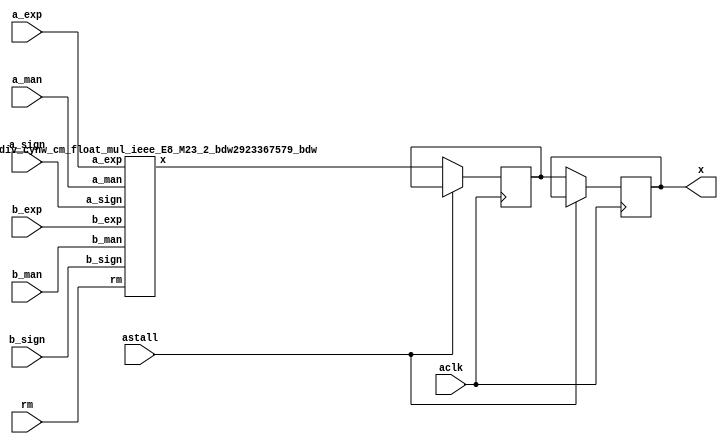
module float_div_cynw_cm_float_mul_ieee_E8_M23_4_0( a_sign, a_exp, a_man, b_sign, b_exp, b_man, rm, x, aclk, astall );
input a_sign;
input [7:0] a_exp;
input [22:0] a_man;
input b_sign;
input [7:0] b_exp;
input [22:0] b_man;
input [2:0] rm;
output [31:0] x;
wire[31:0] x_wire;
input aclk;
input astall;
float_div_cynw_cm_float_mul_ieee_E8_M23_2_bdw2923367579_bdw float_div_cynw_cm_float_mul_ieee_E8_M23_2_inst( .a_sign(a_sign), .a_exp(a_exp), .a_man(a_man), .b_sign(b_sign), .b_exp(b_exp), .b_man(b_man), .rm(rm), .x(x_wire));
reg [31:0] x_reg_0;
/* $A : movable_reg */
always @(posedge aclk) begin
    if ( !astall) x_reg_0 <= x_wire;
end
/* $A : movable_reg = reset */
reg [31:0] x_reg_1;
/* $A : movable_reg */
always @(posedge aclk) begin
    if ( !astall) x_reg_1 <= x_reg_0;
end
/* $A : movable_reg = reset */
assign x = x_reg_1;
endmodule
/*****************************************************************************
    Verilog Hierarchical RTL Description
    
    
    Created by: CellMath Designer 2019.1.01 
*******************************************************************************/

module float_div_cynw_cm_float_mul_ieee_E8_M23_2_bdw2923367579_bdw (
	a_sign,
	a_exp,
	a_man,
	b_sign,
	b_exp,
	b_man,
	rm,
	x
	); /* architecture "behavioural" */ 
input  a_sign;
input [7:0] a_exp;
input [22:0] a_man;
input  b_sign;
input [7:0] b_exp;
input [22:0] b_man;
input [2:0] rm;
output [31:0] x;
wire [31:0] inst_cellmath__3;
wire  inst_cellmath__4,
	inst_cellmath__5,
	inst_cellmath__6,
	inst_cellmath__7,
	inst_cellmath__8,
	inst_cellmath__10,
	inst_cellmath__12,
	inst_cellmath__13,
	inst_cellmath__14,
	inst_cellmath__15,
	inst_cellmath__17,
	inst_cellmath__19,
	inst_cellmath__20,
	inst_cellmath__21,
	inst_cellmath__22,
	inst_cellmath__23;
wire [47:0] inst_cellmath__24,
	inst_cellmath__25;
wire  inst_cellmath__26,
	inst_cellmath__27,
	inst_cellmath__28;
wire [9:0] inst_cellmath__30,
	inst_cellmath__31;
wire  inst_cellmath__32,
	inst_cellmath__34,
	inst_cellmath__38,
	inst_cellmath__41,
	inst_cellmath__42,
	inst_cellmath__44;
wire [24:0] inst_cellmath__45;
wire  inst_cellmath__46,
	inst_cellmath__47;
wire [9:0] inst_cellmath__48;
wire  inst_cellmath__49,
	inst_cellmath__51;
wire [7:0] inst_cellmath__52;
wire [22:0] inst_cellmath__53;
wire [23:0] inst_cellmath__24__4,
	inst_cellmath__24__5;
wire [47:0] inst_cellmath__25__7;
wire [0:0] inst_cellmath__26__8,
	inst_cellmath__26__9,
	inst_cellmath__32__11,
	inst_cellmath__44__29,
	inst_cellmath__44__28,
	inst_cellmath__44__30,
	inst_cellmath__44__31,
	inst_cellmath__44__27,
	inst_cellmath__44__26,
	inst_cellmath__44__33,
	inst_cellmath__44__32;
wire [8:0] inst_cellmath__37__40;
wire [0:0] inst_cellmath__37__42,
	inst_cellmath__37__43,
	inst_cellmath__51__49,
	inst_cellmath__51__48,
	inst_cellmath__50__50;
wire [2:0] inst_cellmath__26_0;
wire [1:0] inst_cellmath__5_0;
wire [2:0] inst_cellmath__49_0;
wire [4:0] inst_cellmath__49_1_0;
wire [2:0] inst_cellmath__49_1_1;

assign inst_cellmath__24__4 = {1'B1,a_man};
cynw_cm_float_mul_ieee_inst_cellmath__17_0_bdw2923367579_bdw inst_cellmath__17_0_0(
	.inst_cellmath__17_0_out0(inst_cellmath__17),
	.inst_cellmath__17_0_in0(b_exp)
	) ;
cynw_cm_float_mul_ieee_inst_cellmath__19__2__bdw2923367579_bdw inst_cellmath__19__2__0(
	.inst_cellmath__19__2__out0(inst_cellmath__19),
	.inst_cellmath__19__2__in0(b_man)
	) ;
cynw_cm_float_mul_ieee_inst_cellmath__21_0_bdw2923367579_bdw inst_cellmath__21_0_0(
	.inst_cellmath__21_0_out0(inst_cellmath__21),
	.inst_cellmath__21_0_in0(inst_cellmath__19),
	.inst_cellmath__21_0_in1(inst_cellmath__17)
	) ;
cynw_cm_float_mul_ieee_inst_cellmath__13__1__bdw2923367579_bdw inst_cellmath__13__1__0(
	.inst_cellmath__13__1__out0(inst_cellmath__13),
	.inst_cellmath__13__1__in0(a_exp)
	) ;
cynw_cm_float_mul_ieee_inst_cellmath__26__9__bdw2923367579_bdw inst_cellmath__26__9__0(
	.inst_cellmath__26__9__out0(inst_cellmath__26__9),
	.inst_cellmath__26__9__in0(inst_cellmath__21),
	.inst_cellmath__26__9__in1(inst_cellmath__13)
	) ;
cynw_cm_float_mul_ieee_inst_cellmath__10_0_bdw2923367579_bdw inst_cellmath__10_0_0(
	.inst_cellmath__10_0_out0(inst_cellmath__10),
	.inst_cellmath__10_0_in0(a_exp)
	) ;
cynw_cm_float_mul_ieee_inst_cellmath__12__0__bdw2923367579_bdw inst_cellmath__12__0__0(
	.inst_cellmath__12__0__out0(inst_cellmath__12),
	.inst_cellmath__12__0__in0(a_man)
	) ;
cynw_cm_float_mul_ieee_inst_cellmath__14_0_bdw2923367579_bdw inst_cellmath__14_0_0(
	.inst_cellmath__14_0_out0(inst_cellmath__14),
	.inst_cellmath__14_0_in0(inst_cellmath__12),
	.inst_cellmath__14_0_in1(inst_cellmath__10)
	) ;
cynw_cm_float_mul_ieee_inst_cellmath__20__3__bdw2923367579_bdw inst_cellmath__20__3__0(
	.inst_cellmath__20__3__out0(inst_cellmath__20),
	.inst_cellmath__20__3__in0(b_exp)
	) ;
cynw_cm_float_mul_ieee_inst_cellmath__26__8__bdw2923367579_bdw inst_cellmath__26__8__0(
	.inst_cellmath__26__8__out0(inst_cellmath__26__8),
	.inst_cellmath__26__8__in0(inst_cellmath__20),
	.inst_cellmath__26__8__in1(inst_cellmath__14)
	) ;
cynw_cm_float_mul_ieee_inst_cellmath__15_0_bdw2923367579_bdw inst_cellmath__15_0_0(
	.inst_cellmath__15_0_out0(inst_cellmath__15),
	.inst_cellmath__15_0_in0(inst_cellmath__12),
	.inst_cellmath__15_0_in1(inst_cellmath__10)
	) ;
cynw_cm_float_mul_ieee_inst_cellmath__22_0_bdw2923367579_bdw inst_cellmath__22_0_0(
	.inst_cellmath__22_0_out0(inst_cellmath__22),
	.inst_cellmath__22_0_in0(inst_cellmath__19),
	.inst_cellmath__22_0_in1(inst_cellmath__17)
	) ;
cynw_cm_float_mul_ieee_inst_cellmath__26_1_bdw2923367579_bdw inst_cellmath__26_1_0(
	.inst_cellmath__26_1_out0(inst_cellmath__26),
	.inst_cellmath__26_1_in0(inst_cellmath__26__9),
	.inst_cellmath__26_1_in1(inst_cellmath__26__8),
	.inst_cellmath__26_1_in2(inst_cellmath__22),
	.inst_cellmath__26_1_in3(inst_cellmath__15)
	) ;

assign inst_cellmath__26_0 = {inst_cellmath__26,inst_cellmath__15,inst_cellmath__22};
cynw_cm_float_mul_ieee_inst_cellmath__23_0_bdw2923367579_bdw inst_cellmath__23_0_0(
	.inst_cellmath__23_0_out0(inst_cellmath__23),
	.inst_cellmath__23_0_in0(b_sign),
	.inst_cellmath__23_0_in1(a_sign)
	) ;
cynw_cm_float_mul_ieee_inst_cellmath__41_0_bdw2923367579_bdw inst_cellmath__41_0_0(
	.inst_cellmath__41_0_out0(inst_cellmath__41),
	.inst_cellmath__41_0_in0(inst_cellmath__26),
	.inst_cellmath__41_0_in1(inst_cellmath__23),
	.inst_cellmath__41_0_in2(inst_cellmath__22),
	.inst_cellmath__41_0_in3(inst_cellmath__15),
	.inst_cellmath__41_0_in4(b_sign),
	.inst_cellmath__41_0_in5(a_sign)
	) ;

assign inst_cellmath__24__5 = {1'B1,b_man};
cynw_cm_float_mul_ieee_inst_cellmath__24_0_bdw2923367579_bdw inst_cellmath__24_0_0(
	.inst_cellmath__24_0_out0(inst_cellmath__24),
	.inst_cellmath__24_0_in0(b_man),
	.inst_cellmath__24_0_in1(a_man)
	) ;

assign inst_cellmath__25__7 = {inst_cellmath__24[46:0],1'B0};
cynw_cm_float_mul_ieee_inst_cellmath__25_0_bdw2923367579_bdw inst_cellmath__25_0_0(
	.inst_cellmath__25_0_out0(inst_cellmath__25),
	.inst_cellmath__25_0_in0(inst_cellmath__24)
	) ;
cynw_cm_float_mul_ieee_inst_cellmath__45_0_bdw2923367579_bdw inst_cellmath__45_0_0(
	.inst_cellmath__45_0_out0(inst_cellmath__45),
	.inst_cellmath__45_0_in0(inst_cellmath__25[47:24])
	) ;
cynw_cm_float_mul_ieee_inst_cellmath__5_1_bdw2923367579_bdw inst_cellmath__5_1_0(
	.inst_cellmath__5_1_out0(inst_cellmath__5),
	.inst_cellmath__5_1_in0(rm)
	) ;
cynw_cm_float_mul_ieee_inst_cellmath__44__31__bdw2923367579_bdw inst_cellmath__44__31__0(
	.inst_cellmath__44__31__out0(inst_cellmath__44__31),
	.inst_cellmath__44__31__in0(inst_cellmath__5),
	.inst_cellmath__44__31__in1(inst_cellmath__23)
	) ;
cynw_cm_float_mul_ieee_inst_cellmath__6_0_bdw2923367579_bdw inst_cellmath__6_0_0(
	.inst_cellmath__6_0_out0(inst_cellmath__6),
	.inst_cellmath__6_0_in0(rm)
	) ;
cynw_cm_float_mul_ieee_inst_cellmath__44__30__bdw2923367579_bdw inst_cellmath__44__30__0(
	.inst_cellmath__44__30__out0(inst_cellmath__44__30),
	.inst_cellmath__44__30__in0(inst_cellmath__6),
	.inst_cellmath__44__30__in1(inst_cellmath__23)
	) ;
cynw_cm_float_mul_ieee_inst_cellmath__8_0_bdw2923367579_bdw inst_cellmath__8_0_0(
	.inst_cellmath__8_0_out0(inst_cellmath__8),
	.inst_cellmath__8_0_in0(rm)
	) ;
cynw_cm_float_mul_ieee_inst_cellmath__4_0_bdw2923367579_bdw inst_cellmath__4_0_0(
	.inst_cellmath__4_0_out0(inst_cellmath__4),
	.inst_cellmath__4_0_in0(rm)
	) ;
cynw_cm_float_mul_ieee_inst_cellmath__34_0_bdw2923367579_bdw inst_cellmath__34_0_0(
	.inst_cellmath__34_0_out0(inst_cellmath__34),
	.inst_cellmath__34_0_in0(inst_cellmath__25[22:0])
	) ;
cynw_cm_float_mul_ieee_inst_cellmath__44__29__bdw2923367579_bdw inst_cellmath__44__29__0(
	.inst_cellmath__44__29__out0(inst_cellmath__44__29),
	.inst_cellmath__44__29__in0(inst_cellmath__34),
	.inst_cellmath__44__29__in1(inst_cellmath__25[24])
	) ;
cynw_cm_float_mul_ieee_inst_cellmath__44__28__bdw2923367579_bdw inst_cellmath__44__28__0(
	.inst_cellmath__44__28__out0(inst_cellmath__44__28),
	.inst_cellmath__44__28__in0(inst_cellmath__44__29),
	.inst_cellmath__44__28__in1(inst_cellmath__4)
	) ;
cynw_cm_float_mul_ieee_inst_cellmath__44__27__bdw2923367579_bdw inst_cellmath__44__27__0(
	.inst_cellmath__44__27__out0(inst_cellmath__44__27),
	.inst_cellmath__44__27__in0(inst_cellmath__8),
	.inst_cellmath__44__27__in1(inst_cellmath__44__31),
	.inst_cellmath__44__27__in2(inst_cellmath__44__30),
	.inst_cellmath__44__27__in3(inst_cellmath__44__28)
	) ;
cynw_cm_float_mul_ieee_inst_cellmath__44__26__bdw2923367579_bdw inst_cellmath__44__26__0(
	.inst_cellmath__44__26__out0(inst_cellmath__44__26),
	.inst_cellmath__44__26__in0(inst_cellmath__44__27),
	.inst_cellmath__44__26__in1(inst_cellmath__25[23])
	) ;
cynw_cm_float_mul_ieee_inst_cellmath__44__33__bdw2923367579_bdw inst_cellmath__44__33__0(
	.inst_cellmath__44__33__out0(inst_cellmath__44__33),
	.inst_cellmath__44__33__in0(inst_cellmath__44__31),
	.inst_cellmath__44__33__in1(inst_cellmath__44__30)
	) ;
cynw_cm_float_mul_ieee_inst_cellmath__44__32__bdw2923367579_bdw inst_cellmath__44__32__0(
	.inst_cellmath__44__32__out0(inst_cellmath__44__32),
	.inst_cellmath__44__32__in0(inst_cellmath__44__33),
	.inst_cellmath__44__32__in1(inst_cellmath__34)
	) ;
cynw_cm_float_mul_ieee_inst_cellmath__44_0_bdw2923367579_bdw inst_cellmath__44_0_0(
	.inst_cellmath__44_0_out0(inst_cellmath__44),
	.inst_cellmath__44_0_in0(inst_cellmath__44__32),
	.inst_cellmath__44_0_in1(inst_cellmath__44__26)
	) ;
cynw_cm_float_mul_ieee_inst_cellmath__46_0_bdw2923367579_bdw inst_cellmath__46_0_0(
	.inst_cellmath__46_0_out0(inst_cellmath__46),
	.inst_cellmath__46_0_in0(inst_cellmath__45[24]),
	.inst_cellmath__46_0_in1(inst_cellmath__44)
	) ;
cynw_cm_float_mul_ieee_inst_cellmath__38_0_bdw2923367579_bdw inst_cellmath__38_0_0(
	.inst_cellmath__38_0_out0(inst_cellmath__38),
	.inst_cellmath__38_0_in0(inst_cellmath__46),
	.inst_cellmath__38_0_in1(inst_cellmath__24[47])
	) ;
cynw_cm_float_mul_ieee_inst_cellmath__30_0_bdw2923367579_bdw inst_cellmath__30_0_0(
	.inst_cellmath__30_0_out0(inst_cellmath__30),
	.inst_cellmath__30_0_in0(b_exp),
	.inst_cellmath__30_0_in1(a_exp)
	) ;
cynw_cm_float_mul_ieee_inst_cellmath__31_0_bdw2923367579_bdw inst_cellmath__31_0_0(
	.inst_cellmath__31_0_out0(inst_cellmath__31),
	.inst_cellmath__31_0_in0(inst_cellmath__30)
	) ;
cynw_cm_float_mul_ieee_inst_cellmath__48_0_bdw2923367579_bdw inst_cellmath__48_0_0(
	.inst_cellmath__48_0_out0(inst_cellmath__48),
	.inst_cellmath__48_0_in0(inst_cellmath__38),
	.inst_cellmath__48_0_in1(inst_cellmath__31),
	.inst_cellmath__48_0_in2(inst_cellmath__30)
	) ;
cynw_cm_float_mul_ieee_inst_cellmath__51__49__bdw2923367579_bdw inst_cellmath__51__49__0(
	.inst_cellmath__51__49__out0(inst_cellmath__51__49),
	.inst_cellmath__51__49__in0(inst_cellmath__48[7:0])
	) ;
cynw_cm_float_mul_ieee_inst_cellmath__51__48__bdw2923367579_bdw inst_cellmath__51__48__0(
	.inst_cellmath__51__48__out0(inst_cellmath__51__48),
	.inst_cellmath__51__48__in0(inst_cellmath__51__49),
	.inst_cellmath__51__48__in1(inst_cellmath__48[8])
	) ;
cynw_cm_float_mul_ieee_inst_cellmath__51_0_bdw2923367579_bdw inst_cellmath__51_0_0(
	.inst_cellmath__51_0_out0(inst_cellmath__51),
	.inst_cellmath__51_0_in0(inst_cellmath__51__48),
	.inst_cellmath__51_0_in1(inst_cellmath__48[9])
	) ;
cynw_cm_float_mul_ieee_inst_cellmath__28_0_bdw2923367579_bdw inst_cellmath__28_0_0(
	.inst_cellmath__28_0_out0(inst_cellmath__28),
	.inst_cellmath__28_0_in0(inst_cellmath__20),
	.inst_cellmath__28_0_in1(inst_cellmath__13)
	) ;
cynw_cm_float_mul_ieee_inst_cellmath__27_0_bdw2923367579_bdw inst_cellmath__27_0_0(
	.inst_cellmath__27_0_out0(inst_cellmath__27),
	.inst_cellmath__27_0_in0(inst_cellmath__21),
	.inst_cellmath__27_0_in1(inst_cellmath__14)
	) ;
cynw_cm_float_mul_ieee_inst_cellmath__50__50__bdw2923367579_bdw inst_cellmath__50__50__0(
	.inst_cellmath__50__50__out0(inst_cellmath__50__50),
	.inst_cellmath__50__50__in0(inst_cellmath__48)
	) ;
cynw_cm_float_mul_ieee_inst_cellmath__49_1_bdw2923367579_bdw inst_cellmath__49_1_2(
	.inst_cellmath__49_1_out0(inst_cellmath__49),
	.inst_cellmath__49_1_in0(inst_cellmath__51),
	.inst_cellmath__49_1_in1(inst_cellmath__50__50),
	.inst_cellmath__49_1_in2(inst_cellmath__48[9]),
	.inst_cellmath__49_1_in3(inst_cellmath__28),
	.inst_cellmath__49_1_in4(inst_cellmath__27),
	.inst_cellmath__49_1_in5(inst_cellmath__26)
	) ;
cynw_cm_float_mul_ieee_inst_cellmath__37__43__bdw2923367579_bdw inst_cellmath__37__43__0(
	.inst_cellmath__37__43__out0(inst_cellmath__37__43),
	.inst_cellmath__37__43__in0(inst_cellmath__27),
	.inst_cellmath__37__43__in1(inst_cellmath__26)
	) ;
cynw_cm_float_mul_ieee_inst_cellmath__32__11__bdw2923367579_bdw inst_cellmath__32__11__0(
	.inst_cellmath__32__11__out0(inst_cellmath__32__11),
	.inst_cellmath__32__11__in0(inst_cellmath__30[8:7])
	) ;
cynw_cm_float_mul_ieee_inst_cellmath__32__10__bdw2923367579_bdw inst_cellmath__32__10__0(
	.inst_cellmath__32__10__out0(inst_cellmath__32),
	.inst_cellmath__32__10__in0(inst_cellmath__32__11),
	.inst_cellmath__32__10__in1(inst_cellmath__30[9])
	) ;
cynw_cm_float_mul_ieee_inst_cellmath__37__42__bdw2923367579_bdw inst_cellmath__37__42__0(
	.inst_cellmath__37__42__out0(inst_cellmath__37__42),
	.inst_cellmath__37__42__in0(inst_cellmath__32),
	.inst_cellmath__37__42__in1(inst_cellmath__28)
	) ;

assign inst_cellmath__49_0 = {inst_cellmath__49,inst_cellmath__37__43,inst_cellmath__37__42};

assign inst_cellmath__5_0 = {inst_cellmath__5,inst_cellmath__6};
cynw_cm_float_mul_ieee_inst_cellmath__7_0_bdw2923367579_bdw inst_cellmath__7_0_0(
	.inst_cellmath__7_0_out0(inst_cellmath__7),
	.inst_cellmath__7_0_in0(rm)
	) ;
cynw_cm_float_mul_ieee_inst_cellmath__42_0_bdw2923367579_bdw inst_cellmath__42_0_0(
	.inst_cellmath__42_0_out0(inst_cellmath__42),
	.inst_cellmath__42_0_in0(inst_cellmath__7),
	.inst_cellmath__42_0_in1(inst_cellmath__6),
	.inst_cellmath__42_0_in2(inst_cellmath__5),
	.inst_cellmath__42_0_in3(inst_cellmath__23)
	) ;

assign inst_cellmath__37__40[7:0] = {7'B1111111,inst_cellmath__42};
cynw_cm_float_mul_ieee_inst_cellmath__52_0_bdw2923367579_bdw inst_cellmath__52_0_0(
	.inst_cellmath__52_0_out0(inst_cellmath__52),
	.inst_cellmath__52_0_in0(inst_cellmath__49),
	.inst_cellmath__52_0_in1(inst_cellmath__48[7:0]),
	.inst_cellmath__52_0_in2(inst_cellmath__42),
	.inst_cellmath__52_0_in3(inst_cellmath__37__43),
	.inst_cellmath__52_0_in4(inst_cellmath__37__42)
	) ;

assign inst_cellmath__49_1_1 = {inst_cellmath__49,inst_cellmath__44,inst_cellmath__26};
cynw_cm_float_mul_ieee_inst_cellmath__47_0_bdw2923367579_bdw inst_cellmath__47_0_0(
	.inst_cellmath__47_0_out0(inst_cellmath__47),
	.inst_cellmath__47_0_in0(inst_cellmath__42),
	.inst_cellmath__47_0_in1(inst_cellmath__32),
	.inst_cellmath__47_0_in2(inst_cellmath__28),
	.inst_cellmath__47_0_in3(inst_cellmath__27),
	.inst_cellmath__47_0_in4(inst_cellmath__26)
	) ;
cynw_cm_float_mul_ieee_inst_cellmath__53_U_bdw2923367579_bdw inst_cellmath__53_U_0(
	.inst_cellmath__53_U_out0(inst_cellmath__53[22]),
	.inst_cellmath__53_U_in0(inst_cellmath__49),
	.inst_cellmath__53_U_in1(inst_cellmath__47),
	.inst_cellmath__53_U_in2(inst_cellmath__45[22]),
	.inst_cellmath__53_U_in3(inst_cellmath__44),
	.inst_cellmath__53_U_in4(inst_cellmath__26),
	.inst_cellmath__53_U_in5(inst_cellmath__25[46])
	) ;

assign inst_cellmath__49_1_0 = {inst_cellmath__49,inst_cellmath__44,inst_cellmath__26,inst_cellmath__15,inst_cellmath__22};
cynw_cm_float_mul_ieee_inst_cellmath__53_M_bdw2923367579_bdw inst_cellmath__53_M_0(
	.inst_cellmath__53_M_out0(inst_cellmath__53[21:0]),
	.inst_cellmath__53_M_in0(inst_cellmath__49),
	.inst_cellmath__53_M_in1(inst_cellmath__47),
	.inst_cellmath__53_M_in2(inst_cellmath__45[21:0]),
	.inst_cellmath__53_M_in3(inst_cellmath__44),
	.inst_cellmath__53_M_in4(inst_cellmath__26),
	.inst_cellmath__53_M_in5(inst_cellmath__25[45:24]),
	.inst_cellmath__53_M_in6(inst_cellmath__22),
	.inst_cellmath__53_M_in7(inst_cellmath__15),
	.inst_cellmath__53_M_in8(b_man[21:0]),
	.inst_cellmath__53_M_in9(a_man[21:0])
	) ;

assign inst_cellmath__3 = {inst_cellmath__41,inst_cellmath__52,inst_cellmath__53};

assign x = inst_cellmath__3;
endmodule

module cynw_cm_float_mul_ieee_inst_cellmath__17_0_bdw2923367579_bdw (
	inst_cellmath__17_0_out0,
	inst_cellmath__17_0_in0
	); /* architecture "behavioural" */ 
output  inst_cellmath__17_0_out0;
input [7:0] inst_cellmath__17_0_in0;

assign inst_cellmath__17_0_out0 = 
	(inst_cellmath__17_0_in0[0])
	&(inst_cellmath__17_0_in0[1])
	&(inst_cellmath__17_0_in0[2])
	&(inst_cellmath__17_0_in0[3])
	&(inst_cellmath__17_0_in0[4])
	&(inst_cellmath__17_0_in0[5])
	&(inst_cellmath__17_0_in0[6])
	&(inst_cellmath__17_0_in0[7]);
endmodule

module cynw_cm_float_mul_ieee_inst_cellmath__19__2__bdw2923367579_bdw (
	inst_cellmath__19__2__out0,
	inst_cellmath__19__2__in0
	); /* architecture "behavioural" */ 
output  inst_cellmath__19__2__out0;
input [22:0] inst_cellmath__19__2__in0;

assign inst_cellmath__19__2__out0 = ~(
	(inst_cellmath__19__2__in0[0])
	|(inst_cellmath__19__2__in0[1])
	|(inst_cellmath__19__2__in0[2])
	|(inst_cellmath__19__2__in0[3])
	|(inst_cellmath__19__2__in0[4])
	|(inst_cellmath__19__2__in0[5])
	|(inst_cellmath__19__2__in0[6])
	|(inst_cellmath__19__2__in0[7])
	|(inst_cellmath__19__2__in0[8])
	|(inst_cellmath__19__2__in0[9])
	|(inst_cellmath__19__2__in0[10])
	|(inst_cellmath__19__2__in0[11])
	|(inst_cellmath__19__2__in0[12])
	|(inst_cellmath__19__2__in0[13])
	|(inst_cellmath__19__2__in0[14])
	|(inst_cellmath__19__2__in0[15])
	|(inst_cellmath__19__2__in0[16])
	|(inst_cellmath__19__2__in0[17])
	|(inst_cellmath__19__2__in0[18])
	|(inst_cellmath__19__2__in0[19])
	|(inst_cellmath__19__2__in0[20])
	|(inst_cellmath__19__2__in0[21])
	|(inst_cellmath__19__2__in0[22]));
endmodule

module cynw_cm_float_mul_ieee_inst_cellmath__21_0_bdw2923367579_bdw (
	inst_cellmath__21_0_out0,
	inst_cellmath__21_0_in0,
	inst_cellmath__21_0_in1
	); /* architecture "behavioural" */ 
output  inst_cellmath__21_0_out0;
input  inst_cellmath__21_0_in0,
	inst_cellmath__21_0_in1;

assign inst_cellmath__21_0_out0 = 
	(inst_cellmath__21_0_in1)
	&(inst_cellmath__21_0_in0);
endmodule

module cynw_cm_float_mul_ieee_inst_cellmath__13__1__bdw2923367579_bdw (
	inst_cellmath__13__1__out0,
	inst_cellmath__13__1__in0
	); /* architecture "behavioural" */ 
output  inst_cellmath__13__1__out0;
input [7:0] inst_cellmath__13__1__in0;

assign inst_cellmath__13__1__out0 = ~(
	(inst_cellmath__13__1__in0[0])
	|(inst_cellmath__13__1__in0[1])
	|(inst_cellmath__13__1__in0[2])
	|(inst_cellmath__13__1__in0[3])
	|(inst_cellmath__13__1__in0[4])
	|(inst_cellmath__13__1__in0[5])
	|(inst_cellmath__13__1__in0[6])
	|(inst_cellmath__13__1__in0[7]));
endmodule

module cynw_cm_float_mul_ieee_inst_cellmath__26__9__bdw2923367579_bdw (
	inst_cellmath__26__9__out0,
	inst_cellmath__26__9__in0,
	inst_cellmath__26__9__in1
	); /* architecture "behavioural" */ 
output [0:0] inst_cellmath__26__9__out0;
input  inst_cellmath__26__9__in0,
	inst_cellmath__26__9__in1;

assign inst_cellmath__26__9__out0 = 
	(inst_cellmath__26__9__in0)
	&(inst_cellmath__26__9__in1);
endmodule

module cynw_cm_float_mul_ieee_inst_cellmath__10_0_bdw2923367579_bdw (
	inst_cellmath__10_0_out0,
	inst_cellmath__10_0_in0
	); /* architecture "behavioural" */ 
output  inst_cellmath__10_0_out0;
input [7:0] inst_cellmath__10_0_in0;

assign inst_cellmath__10_0_out0 = 
	(inst_cellmath__10_0_in0[0])
	&(inst_cellmath__10_0_in0[1])
	&(inst_cellmath__10_0_in0[2])
	&(inst_cellmath__10_0_in0[3])
	&(inst_cellmath__10_0_in0[4])
	&(inst_cellmath__10_0_in0[5])
	&(inst_cellmath__10_0_in0[6])
	&(inst_cellmath__10_0_in0[7]);
endmodule

module cynw_cm_float_mul_ieee_inst_cellmath__12__0__bdw2923367579_bdw (
	inst_cellmath__12__0__out0,
	inst_cellmath__12__0__in0
	); /* architecture "behavioural" */ 
output  inst_cellmath__12__0__out0;
input [22:0] inst_cellmath__12__0__in0;

assign inst_cellmath__12__0__out0 = ~(
	(inst_cellmath__12__0__in0[0])
	|(inst_cellmath__12__0__in0[1])
	|(inst_cellmath__12__0__in0[2])
	|(inst_cellmath__12__0__in0[3])
	|(inst_cellmath__12__0__in0[4])
	|(inst_cellmath__12__0__in0[5])
	|(inst_cellmath__12__0__in0[6])
	|(inst_cellmath__12__0__in0[7])
	|(inst_cellmath__12__0__in0[8])
	|(inst_cellmath__12__0__in0[9])
	|(inst_cellmath__12__0__in0[10])
	|(inst_cellmath__12__0__in0[11])
	|(inst_cellmath__12__0__in0[12])
	|(inst_cellmath__12__0__in0[13])
	|(inst_cellmath__12__0__in0[14])
	|(inst_cellmath__12__0__in0[15])
	|(inst_cellmath__12__0__in0[16])
	|(inst_cellmath__12__0__in0[17])
	|(inst_cellmath__12__0__in0[18])
	|(inst_cellmath__12__0__in0[19])
	|(inst_cellmath__12__0__in0[20])
	|(inst_cellmath__12__0__in0[21])
	|(inst_cellmath__12__0__in0[22]));
endmodule

module cynw_cm_float_mul_ieee_inst_cellmath__14_0_bdw2923367579_bdw (
	inst_cellmath__14_0_out0,
	inst_cellmath__14_0_in0,
	inst_cellmath__14_0_in1
	); /* architecture "behavioural" */ 
output  inst_cellmath__14_0_out0;
input  inst_cellmath__14_0_in0,
	inst_cellmath__14_0_in1;

assign inst_cellmath__14_0_out0 = 
	(inst_cellmath__14_0_in1)
	&(inst_cellmath__14_0_in0);
endmodule

module cynw_cm_float_mul_ieee_inst_cellmath__20__3__bdw2923367579_bdw (
	inst_cellmath__20__3__out0,
	inst_cellmath__20__3__in0
	); /* architecture "behavioural" */ 
output  inst_cellmath__20__3__out0;
input [7:0] inst_cellmath__20__3__in0;

assign inst_cellmath__20__3__out0 = ~(
	(inst_cellmath__20__3__in0[0])
	|(inst_cellmath__20__3__in0[1])
	|(inst_cellmath__20__3__in0[2])
	|(inst_cellmath__20__3__in0[3])
	|(inst_cellmath__20__3__in0[4])
	|(inst_cellmath__20__3__in0[5])
	|(inst_cellmath__20__3__in0[6])
	|(inst_cellmath__20__3__in0[7]));
endmodule

module cynw_cm_float_mul_ieee_inst_cellmath__26__8__bdw2923367579_bdw (
	inst_cellmath__26__8__out0,
	inst_cellmath__26__8__in0,
	inst_cellmath__26__8__in1
	); /* architecture "behavioural" */ 
output [0:0] inst_cellmath__26__8__out0;
input  inst_cellmath__26__8__in0,
	inst_cellmath__26__8__in1;

assign inst_cellmath__26__8__out0 = 
	(inst_cellmath__26__8__in1)
	&(inst_cellmath__26__8__in0);
endmodule

module cynw_cm_float_mul_ieee_inst_cellmath__15_0_bdw2923367579_bdw (
	inst_cellmath__15_0_out0,
	inst_cellmath__15_0_in0,
	inst_cellmath__15_0_in1
	); /* architecture "behavioural" */ 
output  inst_cellmath__15_0_out0;
input  inst_cellmath__15_0_in0,
	inst_cellmath__15_0_in1;

assign inst_cellmath__15_0_out0 = 
	(inst_cellmath__15_0_in1)
	&((~inst_cellmath__15_0_in0));
endmodule

module cynw_cm_float_mul_ieee_inst_cellmath__22_0_bdw2923367579_bdw (
	inst_cellmath__22_0_out0,
	inst_cellmath__22_0_in0,
	inst_cellmath__22_0_in1
	); /* architecture "behavioural" */ 
output  inst_cellmath__22_0_out0;
input  inst_cellmath__22_0_in0,
	inst_cellmath__22_0_in1;

assign inst_cellmath__22_0_out0 = 
	(inst_cellmath__22_0_in1)
	&((~inst_cellmath__22_0_in0));
endmodule

module cynw_cm_float_mul_ieee_inst_cellmath__26_1_bdw2923367579_bdw (
	inst_cellmath__26_1_out0,
	inst_cellmath__26_1_in0,
	inst_cellmath__26_1_in1,
	inst_cellmath__26_1_in2,
	inst_cellmath__26_1_in3
	); /* architecture "behavioural" */ 
output  inst_cellmath__26_1_out0;
input [0:0] inst_cellmath__26_1_in0,
	inst_cellmath__26_1_in1;
input  inst_cellmath__26_1_in2,
	inst_cellmath__26_1_in3;

assign inst_cellmath__26_1_out0 = 
	(inst_cellmath__26_1_in0)
	|(inst_cellmath__26_1_in1)
	|(inst_cellmath__26_1_in3)
	|(inst_cellmath__26_1_in2);
endmodule

module cynw_cm_float_mul_ieee_inst_cellmath__23_0_bdw2923367579_bdw (
	inst_cellmath__23_0_out0,
	inst_cellmath__23_0_in0,
	inst_cellmath__23_0_in1
	); /* architecture "behavioural" */ 
output  inst_cellmath__23_0_out0;
input  inst_cellmath__23_0_in0,
	inst_cellmath__23_0_in1;

assign inst_cellmath__23_0_out0 = 
	(inst_cellmath__23_0_in1)
	^(inst_cellmath__23_0_in0);
endmodule

module cynw_cm_float_mul_ieee_inst_cellmath__41_0_bdw2923367579_bdw (
	inst_cellmath__41_0_out0,
	inst_cellmath__41_0_in0,
	inst_cellmath__41_0_in1,
	inst_cellmath__41_0_in2,
	inst_cellmath__41_0_in3,
	inst_cellmath__41_0_in4,
	inst_cellmath__41_0_in5
	); /* architecture "behavioural" */ 
output  inst_cellmath__41_0_out0;
input  inst_cellmath__41_0_in0,
	inst_cellmath__41_0_in1,
	inst_cellmath__41_0_in2,
	inst_cellmath__41_0_in3,
	inst_cellmath__41_0_in4,
	inst_cellmath__41_0_in5;
wire [2:0] inst_cellmath__26_0;

assign inst_cellmath__26_0 = {inst_cellmath__41_0_in0,inst_cellmath__41_0_in3,inst_cellmath__41_0_in2};

reg [0:0] inst_cellmath__41_0_out0_tmp_0;
assign inst_cellmath__41_0_out0 = inst_cellmath__41_0_out0_tmp_0;
always @ (inst_cellmath__26_0 or inst_cellmath__41_0_in1 or inst_cellmath__41_0_in4 or inst_cellmath__41_0_in5) begin
	casez (inst_cellmath__26_0)
		3'B0?? : inst_cellmath__41_0_out0_tmp_0 = inst_cellmath__41_0_in1 ;
		3'B100 : inst_cellmath__41_0_out0_tmp_0 = 1'B1 ;
		3'B101 : inst_cellmath__41_0_out0_tmp_0 = inst_cellmath__41_0_in4 ;
		default : inst_cellmath__41_0_out0_tmp_0 = inst_cellmath__41_0_in5 ;
	endcase
end
endmodule

module cynw_cm_float_mul_ieee_inst_cellmath__24_0_bdw2923367579_bdw (
	inst_cellmath__24_0_out0,
	inst_cellmath__24_0_in0,
	inst_cellmath__24_0_in1
	); /* architecture "behavioural" */ 
output [47:0] inst_cellmath__24_0_out0;
input [22:0] inst_cellmath__24_0_in0,
	inst_cellmath__24_0_in1;
wire [23:0] inst_cellmath__24__4,
	inst_cellmath__24__5;

assign inst_cellmath__24__4 = {1'B1,inst_cellmath__24_0_in1};

assign inst_cellmath__24__5 = {1'B1,inst_cellmath__24_0_in0};

assign inst_cellmath__24_0_out0 = 
	+(inst_cellmath__24__4 * inst_cellmath__24__5);
endmodule

module cynw_cm_float_mul_ieee_inst_cellmath__25_0_bdw2923367579_bdw (
	inst_cellmath__25_0_out0,
	inst_cellmath__25_0_in0
	); /* architecture "behavioural" */ 
output [47:0] inst_cellmath__25_0_out0;
input [47:0] inst_cellmath__25_0_in0;
wire [47:0] inst_cellmath__25__7;

assign inst_cellmath__25__7 = {inst_cellmath__25_0_in0[46:0],1'B0};

reg [47:0] inst_cellmath__25_0_out0_tmp_0;
assign inst_cellmath__25_0_out0 = inst_cellmath__25_0_out0_tmp_0;
always @ (inst_cellmath__25_0_in0[47] or inst_cellmath__25__7 or inst_cellmath__25_0_in0) begin
	case (inst_cellmath__25_0_in0[47])
		1'B0 : inst_cellmath__25_0_out0_tmp_0 = inst_cellmath__25__7 ;
		default : inst_cellmath__25_0_out0_tmp_0 = inst_cellmath__25_0_in0 ;
	endcase
end
endmodule

module cynw_cm_float_mul_ieee_inst_cellmath__45_0_bdw2923367579_bdw (
	inst_cellmath__45_0_out0,
	inst_cellmath__45_0_in0
	); /* architecture "behavioural" */ 
output [24:0] inst_cellmath__45_0_out0;
input [47:24] inst_cellmath__45_0_in0;

assign inst_cellmath__45_0_out0 = 
	+(inst_cellmath__45_0_in0)
	+(25'B0000000000000000000000001);
endmodule

module cynw_cm_float_mul_ieee_inst_cellmath__5_1_bdw2923367579_bdw (
	inst_cellmath__5_1_out0,
	inst_cellmath__5_1_in0
	); /* architecture "behavioural" */ 
output  inst_cellmath__5_1_out0;
input [2:0] inst_cellmath__5_1_in0;

assign inst_cellmath__5_1_out0 = (6'B000000==(inst_cellmath__5_1_in0 - 6'B000001));
endmodule

module cynw_cm_float_mul_ieee_inst_cellmath__44__31__bdw2923367579_bdw (
	inst_cellmath__44__31__out0,
	inst_cellmath__44__31__in0,
	inst_cellmath__44__31__in1
	); /* architecture "behavioural" */ 
output [0:0] inst_cellmath__44__31__out0;
input  inst_cellmath__44__31__in0,
	inst_cellmath__44__31__in1;

assign inst_cellmath__44__31__out0 = 
	(inst_cellmath__44__31__in0)
	&((~inst_cellmath__44__31__in1));
endmodule

module cynw_cm_float_mul_ieee_inst_cellmath__6_0_bdw2923367579_bdw (
	inst_cellmath__6_0_out0,
	inst_cellmath__6_0_in0
	); /* architecture "behavioural" */ 
output  inst_cellmath__6_0_out0;
input [2:0] inst_cellmath__6_0_in0;

assign inst_cellmath__6_0_out0 = (7'B0000001==(inst_cellmath__6_0_in0 - 7'B0000001));
endmodule

module cynw_cm_float_mul_ieee_inst_cellmath__44__30__bdw2923367579_bdw (
	inst_cellmath__44__30__out0,
	inst_cellmath__44__30__in0,
	inst_cellmath__44__30__in1
	); /* architecture "behavioural" */ 
output [0:0] inst_cellmath__44__30__out0;
input  inst_cellmath__44__30__in0,
	inst_cellmath__44__30__in1;

assign inst_cellmath__44__30__out0 = 
	(inst_cellmath__44__30__in0)
	&(inst_cellmath__44__30__in1);
endmodule

module cynw_cm_float_mul_ieee_inst_cellmath__8_0_bdw2923367579_bdw (
	inst_cellmath__8_0_out0,
	inst_cellmath__8_0_in0
	); /* architecture "behavioural" */ 
output  inst_cellmath__8_0_out0;
input [2:0] inst_cellmath__8_0_in0;

assign inst_cellmath__8_0_out0 = (7'B0000011==(inst_cellmath__8_0_in0 - 7'B0000001));
endmodule

module cynw_cm_float_mul_ieee_inst_cellmath__4_0_bdw2923367579_bdw (
	inst_cellmath__4_0_out0,
	inst_cellmath__4_0_in0
	); /* architecture "behavioural" */ 
output  inst_cellmath__4_0_out0;
input [2:0] inst_cellmath__4_0_in0;

assign inst_cellmath__4_0_out0 = (7'B0000000==inst_cellmath__4_0_in0);
endmodule

module cynw_cm_float_mul_ieee_inst_cellmath__34_0_bdw2923367579_bdw (
	inst_cellmath__34_0_out0,
	inst_cellmath__34_0_in0
	); /* architecture "behavioural" */ 
output  inst_cellmath__34_0_out0;
input [22:0] inst_cellmath__34_0_in0;

assign inst_cellmath__34_0_out0 = 
	(inst_cellmath__34_0_in0[0])
	|(inst_cellmath__34_0_in0[1])
	|(inst_cellmath__34_0_in0[2])
	|(inst_cellmath__34_0_in0[3])
	|(inst_cellmath__34_0_in0[4])
	|(inst_cellmath__34_0_in0[5])
	|(inst_cellmath__34_0_in0[6])
	|(inst_cellmath__34_0_in0[7])
	|(inst_cellmath__34_0_in0[8])
	|(inst_cellmath__34_0_in0[9])
	|(inst_cellmath__34_0_in0[10])
	|(inst_cellmath__34_0_in0[11])
	|(inst_cellmath__34_0_in0[12])
	|(inst_cellmath__34_0_in0[13])
	|(inst_cellmath__34_0_in0[14])
	|(inst_cellmath__34_0_in0[15])
	|(inst_cellmath__34_0_in0[16])
	|(inst_cellmath__34_0_in0[17])
	|(inst_cellmath__34_0_in0[18])
	|(inst_cellmath__34_0_in0[19])
	|(inst_cellmath__34_0_in0[20])
	|(inst_cellmath__34_0_in0[21])
	|(inst_cellmath__34_0_in0[22]);
endmodule

module cynw_cm_float_mul_ieee_inst_cellmath__44__29__bdw2923367579_bdw (
	inst_cellmath__44__29__out0,
	inst_cellmath__44__29__in0,
	inst_cellmath__44__29__in1
	); /* architecture "behavioural" */ 
output [0:0] inst_cellmath__44__29__out0;
input  inst_cellmath__44__29__in0;
input [24:24] inst_cellmath__44__29__in1;

assign inst_cellmath__44__29__out0 = 
	(inst_cellmath__44__29__in0)
	|(inst_cellmath__44__29__in1);
endmodule

module cynw_cm_float_mul_ieee_inst_cellmath__44__28__bdw2923367579_bdw (
	inst_cellmath__44__28__out0,
	inst_cellmath__44__28__in0,
	inst_cellmath__44__28__in1
	); /* architecture "behavioural" */ 
output [0:0] inst_cellmath__44__28__out0;
input [0:0] inst_cellmath__44__28__in0;
input  inst_cellmath__44__28__in1;

assign inst_cellmath__44__28__out0 = 
	(inst_cellmath__44__28__in1)
	&(inst_cellmath__44__28__in0);
endmodule

module cynw_cm_float_mul_ieee_inst_cellmath__44__27__bdw2923367579_bdw (
	inst_cellmath__44__27__out0,
	inst_cellmath__44__27__in0,
	inst_cellmath__44__27__in1,
	inst_cellmath__44__27__in2,
	inst_cellmath__44__27__in3
	); /* architecture "behavioural" */ 
output [0:0] inst_cellmath__44__27__out0;
input  inst_cellmath__44__27__in0;
input [0:0] inst_cellmath__44__27__in1,
	inst_cellmath__44__27__in2,
	inst_cellmath__44__27__in3;

assign inst_cellmath__44__27__out0 = 
	(inst_cellmath__44__27__in1)
	|(inst_cellmath__44__27__in2)
	|(inst_cellmath__44__27__in0)
	|(inst_cellmath__44__27__in3);
endmodule

module cynw_cm_float_mul_ieee_inst_cellmath__44__26__bdw2923367579_bdw (
	inst_cellmath__44__26__out0,
	inst_cellmath__44__26__in0,
	inst_cellmath__44__26__in1
	); /* architecture "behavioural" */ 
output [0:0] inst_cellmath__44__26__out0;
input [0:0] inst_cellmath__44__26__in0;
input [23:23] inst_cellmath__44__26__in1;

assign inst_cellmath__44__26__out0 = 
	(inst_cellmath__44__26__in1)
	&(inst_cellmath__44__26__in0);
endmodule

module cynw_cm_float_mul_ieee_inst_cellmath__44__33__bdw2923367579_bdw (
	inst_cellmath__44__33__out0,
	inst_cellmath__44__33__in0,
	inst_cellmath__44__33__in1
	); /* architecture "behavioural" */ 
output [0:0] inst_cellmath__44__33__out0;
input [0:0] inst_cellmath__44__33__in0,
	inst_cellmath__44__33__in1;

assign inst_cellmath__44__33__out0 = 
	(inst_cellmath__44__33__in1)
	|(inst_cellmath__44__33__in0);
endmodule

module cynw_cm_float_mul_ieee_inst_cellmath__44__32__bdw2923367579_bdw (
	inst_cellmath__44__32__out0,
	inst_cellmath__44__32__in0,
	inst_cellmath__44__32__in1
	); /* architecture "behavioural" */ 
output [0:0] inst_cellmath__44__32__out0;
input [0:0] inst_cellmath__44__32__in0;
input  inst_cellmath__44__32__in1;

assign inst_cellmath__44__32__out0 = 
	(inst_cellmath__44__32__in1)
	&(inst_cellmath__44__32__in0);
endmodule

module cynw_cm_float_mul_ieee_inst_cellmath__44_0_bdw2923367579_bdw (
	inst_cellmath__44_0_out0,
	inst_cellmath__44_0_in0,
	inst_cellmath__44_0_in1
	); /* architecture "behavioural" */ 
output  inst_cellmath__44_0_out0;
input [0:0] inst_cellmath__44_0_in0,
	inst_cellmath__44_0_in1;

assign inst_cellmath__44_0_out0 = 
	(inst_cellmath__44_0_in1)
	|(inst_cellmath__44_0_in0);
endmodule

module cynw_cm_float_mul_ieee_inst_cellmath__46_0_bdw2923367579_bdw (
	inst_cellmath__46_0_out0,
	inst_cellmath__46_0_in0,
	inst_cellmath__46_0_in1
	); /* architecture "behavioural" */ 
output  inst_cellmath__46_0_out0;
input [24:24] inst_cellmath__46_0_in0;
input  inst_cellmath__46_0_in1;

assign inst_cellmath__46_0_out0 = 
	(inst_cellmath__46_0_in0)
	&(inst_cellmath__46_0_in1);
endmodule

module cynw_cm_float_mul_ieee_inst_cellmath__38_0_bdw2923367579_bdw (
	inst_cellmath__38_0_out0,
	inst_cellmath__38_0_in0,
	inst_cellmath__38_0_in1
	); /* architecture "behavioural" */ 
output  inst_cellmath__38_0_out0;
input  inst_cellmath__38_0_in0;
input [47:47] inst_cellmath__38_0_in1;

assign inst_cellmath__38_0_out0 = 
	(inst_cellmath__38_0_in1)
	|(inst_cellmath__38_0_in0);
endmodule

module cynw_cm_float_mul_ieee_inst_cellmath__30_0_bdw2923367579_bdw (
	inst_cellmath__30_0_out0,
	inst_cellmath__30_0_in0,
	inst_cellmath__30_0_in1
	); /* architecture "behavioural" */ 
output [9:0] inst_cellmath__30_0_out0;
input [7:0] inst_cellmath__30_0_in0,
	inst_cellmath__30_0_in1;

wire [9:0] inst_cellmath__30_0_out0_tmp_0;
assign inst_cellmath__30_0_out0_tmp_0 = 
	+(inst_cellmath__30_0_in1)
	+(inst_cellmath__30_0_in0);
assign inst_cellmath__30_0_out0 = inst_cellmath__30_0_out0_tmp_0
	-(10'B0001111111);
endmodule

module cynw_cm_float_mul_ieee_inst_cellmath__31_0_bdw2923367579_bdw (
	inst_cellmath__31_0_out0,
	inst_cellmath__31_0_in0
	); /* architecture "behavioural" */ 
output [9:0] inst_cellmath__31_0_out0;
input [9:0] inst_cellmath__31_0_in0;

assign inst_cellmath__31_0_out0 = 
	+(inst_cellmath__31_0_in0)
	+(10'B0000000001);
endmodule

module cynw_cm_float_mul_ieee_inst_cellmath__48_0_bdw2923367579_bdw (
	inst_cellmath__48_0_out0,
	inst_cellmath__48_0_in0,
	inst_cellmath__48_0_in1,
	inst_cellmath__48_0_in2
	); /* architecture "behavioural" */ 
output [9:0] inst_cellmath__48_0_out0;
input  inst_cellmath__48_0_in0;
input [9:0] inst_cellmath__48_0_in1,
	inst_cellmath__48_0_in2;

reg [9:0] inst_cellmath__48_0_out0_tmp_0;
assign inst_cellmath__48_0_out0 = inst_cellmath__48_0_out0_tmp_0;
always @ (inst_cellmath__48_0_in0 or inst_cellmath__48_0_in2 or inst_cellmath__48_0_in1) begin
	case (inst_cellmath__48_0_in0)
		1'B0 : inst_cellmath__48_0_out0_tmp_0 = inst_cellmath__48_0_in2 ;
		default : inst_cellmath__48_0_out0_tmp_0 = inst_cellmath__48_0_in1 ;
	endcase
end
endmodule

module cynw_cm_float_mul_ieee_inst_cellmath__51__49__bdw2923367579_bdw (
	inst_cellmath__51__49__out0,
	inst_cellmath__51__49__in0
	); /* architecture "behavioural" */ 
output [0:0] inst_cellmath__51__49__out0;
input [7:0] inst_cellmath__51__49__in0;

assign inst_cellmath__51__49__out0 = 
	(inst_cellmath__51__49__in0[0])
	&(inst_cellmath__51__49__in0[1])
	&(inst_cellmath__51__49__in0[2])
	&(inst_cellmath__51__49__in0[3])
	&(inst_cellmath__51__49__in0[4])
	&(inst_cellmath__51__49__in0[5])
	&(inst_cellmath__51__49__in0[6])
	&(inst_cellmath__51__49__in0[7]);
endmodule

module cynw_cm_float_mul_ieee_inst_cellmath__51__48__bdw2923367579_bdw (
	inst_cellmath__51__48__out0,
	inst_cellmath__51__48__in0,
	inst_cellmath__51__48__in1
	); /* architecture "behavioural" */ 
output [0:0] inst_cellmath__51__48__out0;
input [0:0] inst_cellmath__51__48__in0;
input [8:8] inst_cellmath__51__48__in1;

assign inst_cellmath__51__48__out0 = 
	(inst_cellmath__51__48__in1)
	|(inst_cellmath__51__48__in0);
endmodule

module cynw_cm_float_mul_ieee_inst_cellmath__51_0_bdw2923367579_bdw (
	inst_cellmath__51_0_out0,
	inst_cellmath__51_0_in0,
	inst_cellmath__51_0_in1
	); /* architecture "behavioural" */ 
output  inst_cellmath__51_0_out0;
input [0:0] inst_cellmath__51_0_in0;
input [9:9] inst_cellmath__51_0_in1;

assign inst_cellmath__51_0_out0 = 
	((~inst_cellmath__51_0_in1))
	&(inst_cellmath__51_0_in0);
endmodule

module cynw_cm_float_mul_ieee_inst_cellmath__28_0_bdw2923367579_bdw (
	inst_cellmath__28_0_out0,
	inst_cellmath__28_0_in0,
	inst_cellmath__28_0_in1
	); /* architecture "behavioural" */ 
output  inst_cellmath__28_0_out0;
input  inst_cellmath__28_0_in0,
	inst_cellmath__28_0_in1;

assign inst_cellmath__28_0_out0 = 
	(inst_cellmath__28_0_in1)
	|(inst_cellmath__28_0_in0);
endmodule

module cynw_cm_float_mul_ieee_inst_cellmath__27_0_bdw2923367579_bdw (
	inst_cellmath__27_0_out0,
	inst_cellmath__27_0_in0,
	inst_cellmath__27_0_in1
	); /* architecture "behavioural" */ 
output  inst_cellmath__27_0_out0;
input  inst_cellmath__27_0_in0,
	inst_cellmath__27_0_in1;

assign inst_cellmath__27_0_out0 = 
	(inst_cellmath__27_0_in1)
	|(inst_cellmath__27_0_in0);
endmodule

module cynw_cm_float_mul_ieee_inst_cellmath__50__50__bdw2923367579_bdw (
	inst_cellmath__50__50__out0,
	inst_cellmath__50__50__in0
	); /* architecture "behavioural" */ 
output [0:0] inst_cellmath__50__50__out0;
input [9:0] inst_cellmath__50__50__in0;

assign inst_cellmath__50__50__out0 = 
	(inst_cellmath__50__50__in0[0])
	|(inst_cellmath__50__50__in0[1])
	|(inst_cellmath__50__50__in0[2])
	|(inst_cellmath__50__50__in0[3])
	|(inst_cellmath__50__50__in0[4])
	|(inst_cellmath__50__50__in0[5])
	|(inst_cellmath__50__50__in0[6])
	|(inst_cellmath__50__50__in0[7])
	|(inst_cellmath__50__50__in0[8])
	|(inst_cellmath__50__50__in0[9]);
endmodule

module cynw_cm_float_mul_ieee_inst_cellmath__49_1_bdw2923367579_bdw (
	inst_cellmath__49_1_out0,
	inst_cellmath__49_1_in0,
	inst_cellmath__49_1_in1,
	inst_cellmath__49_1_in2,
	inst_cellmath__49_1_in3,
	inst_cellmath__49_1_in4,
	inst_cellmath__49_1_in5
	); /* architecture "behavioural" */ 
output  inst_cellmath__49_1_out0;
input  inst_cellmath__49_1_in0;
input [0:0] inst_cellmath__49_1_in1;
input [9:9] inst_cellmath__49_1_in2;
input  inst_cellmath__49_1_in3,
	inst_cellmath__49_1_in4,
	inst_cellmath__49_1_in5;

assign inst_cellmath__49_1_out0 = 
	(inst_cellmath__49_1_in0)
	|(inst_cellmath__49_1_in3)
	|(inst_cellmath__49_1_in5)
	|(inst_cellmath__49_1_in4)
	|(inst_cellmath__49_1_in2)
	|((~inst_cellmath__49_1_in1));
endmodule

module cynw_cm_float_mul_ieee_inst_cellmath__37__43__bdw2923367579_bdw (
	inst_cellmath__37__43__out0,
	inst_cellmath__37__43__in0,
	inst_cellmath__37__43__in1
	); /* architecture "behavioural" */ 
output [0:0] inst_cellmath__37__43__out0;
input  inst_cellmath__37__43__in0,
	inst_cellmath__37__43__in1;

assign inst_cellmath__37__43__out0 = 
	(inst_cellmath__37__43__in1)
	|(inst_cellmath__37__43__in0);
endmodule

module cynw_cm_float_mul_ieee_inst_cellmath__32__11__bdw2923367579_bdw (
	inst_cellmath__32__11__out0,
	inst_cellmath__32__11__in0
	); /* architecture "behavioural" */ 
output [0:0] inst_cellmath__32__11__out0;
input [8:7] inst_cellmath__32__11__in0;

assign inst_cellmath__32__11__out0 = 
	(inst_cellmath__32__11__in0[7])
	|(inst_cellmath__32__11__in0[8]);
endmodule

module cynw_cm_float_mul_ieee_inst_cellmath__32__10__bdw2923367579_bdw (
	inst_cellmath__32__10__out0,
	inst_cellmath__32__10__in0,
	inst_cellmath__32__10__in1
	); /* architecture "behavioural" */ 
output  inst_cellmath__32__10__out0;
input [0:0] inst_cellmath__32__10__in0;
input [9:9] inst_cellmath__32__10__in1;

assign inst_cellmath__32__10__out0 = ~(
	((~inst_cellmath__32__10__in1))
	&(inst_cellmath__32__10__in0));
endmodule

module cynw_cm_float_mul_ieee_inst_cellmath__37__42__bdw2923367579_bdw (
	inst_cellmath__37__42__out0,
	inst_cellmath__37__42__in0,
	inst_cellmath__37__42__in1
	); /* architecture "behavioural" */ 
output [0:0] inst_cellmath__37__42__out0;
input  inst_cellmath__37__42__in0,
	inst_cellmath__37__42__in1;

assign inst_cellmath__37__42__out0 = 
	(inst_cellmath__37__42__in1)
	|(inst_cellmath__37__42__in0);
endmodule

module cynw_cm_float_mul_ieee_inst_cellmath__7_0_bdw2923367579_bdw (
	inst_cellmath__7_0_out0,
	inst_cellmath__7_0_in0
	); /* architecture "behavioural" */ 
output  inst_cellmath__7_0_out0;
input [2:0] inst_cellmath__7_0_in0;

assign inst_cellmath__7_0_out0 = (7'B0000010==(inst_cellmath__7_0_in0 - 7'B0000001));
endmodule

module cynw_cm_float_mul_ieee_inst_cellmath__42_0_bdw2923367579_bdw (
	inst_cellmath__42_0_out0,
	inst_cellmath__42_0_in0,
	inst_cellmath__42_0_in1,
	inst_cellmath__42_0_in2,
	inst_cellmath__42_0_in3
	); /* architecture "behavioural" */ 
output  inst_cellmath__42_0_out0;
input  inst_cellmath__42_0_in0,
	inst_cellmath__42_0_in1,
	inst_cellmath__42_0_in2,
	inst_cellmath__42_0_in3;
wire [1:0] inst_cellmath__5_0;

assign inst_cellmath__5_0 = {inst_cellmath__42_0_in2,inst_cellmath__42_0_in1};

reg [0:0] inst_cellmath__42_0_out0_tmp_0;
assign inst_cellmath__42_0_out0 = inst_cellmath__42_0_out0_tmp_0;
always @ (inst_cellmath__5_0 or inst_cellmath__42_0_in0 or inst_cellmath__42_0_in3) begin
	casez (inst_cellmath__5_0)
		2'B00 : inst_cellmath__42_0_out0_tmp_0 = ~inst_cellmath__42_0_in0 ;
		2'B01 : inst_cellmath__42_0_out0_tmp_0 = inst_cellmath__42_0_in3 ;
		default : inst_cellmath__42_0_out0_tmp_0 = ~inst_cellmath__42_0_in3 ;
	endcase
end
endmodule

module cynw_cm_float_mul_ieee_inst_cellmath__52_0_bdw2923367579_bdw (
	inst_cellmath__52_0_out0,
	inst_cellmath__52_0_in0,
	inst_cellmath__52_0_in1,
	inst_cellmath__52_0_in2,
	inst_cellmath__52_0_in3,
	inst_cellmath__52_0_in4
	); /* architecture "behavioural" */ 
output [7:0] inst_cellmath__52_0_out0;
input  inst_cellmath__52_0_in0;
input [7:0] inst_cellmath__52_0_in1;
input  inst_cellmath__52_0_in2;
input [0:0] inst_cellmath__52_0_in3,
	inst_cellmath__52_0_in4;
wire [2:0] inst_cellmath__49_0;
wire [8:0] inst_cellmath__37__40;

assign inst_cellmath__49_0 = {inst_cellmath__52_0_in0,inst_cellmath__52_0_in3,inst_cellmath__52_0_in4};

assign inst_cellmath__37__40[7:0] = {7'B1111111,inst_cellmath__52_0_in2};

reg [7:0] inst_cellmath__52_0_out0_tmp_0;
assign inst_cellmath__52_0_out0 = inst_cellmath__52_0_out0_tmp_0;
always @ (inst_cellmath__49_0 or inst_cellmath__52_0_in1 or inst_cellmath__37__40[7:0]) begin
	casez (inst_cellmath__49_0)
		3'B0?? : inst_cellmath__52_0_out0_tmp_0 = inst_cellmath__52_0_in1 ;
		3'B100 : inst_cellmath__52_0_out0_tmp_0 = inst_cellmath__37__40[7:0] ;
		3'B11? : inst_cellmath__52_0_out0_tmp_0 = 8'B11111111 ;
		default : inst_cellmath__52_0_out0_tmp_0 = {8{1'b0}} ;
	endcase
end
endmodule

module cynw_cm_float_mul_ieee_inst_cellmath__47_0_bdw2923367579_bdw (
	inst_cellmath__47_0_out0,
	inst_cellmath__47_0_in0,
	inst_cellmath__47_0_in1,
	inst_cellmath__47_0_in2,
	inst_cellmath__47_0_in3,
	inst_cellmath__47_0_in4
	); /* architecture "behavioural" */ 
output  inst_cellmath__47_0_out0;
input  inst_cellmath__47_0_in0,
	inst_cellmath__47_0_in1,
	inst_cellmath__47_0_in2,
	inst_cellmath__47_0_in3,
	inst_cellmath__47_0_in4;

assign inst_cellmath__47_0_out0 = 
	((~inst_cellmath__47_0_in0))
	&((~inst_cellmath__47_0_in1))
	&((~inst_cellmath__47_0_in2))
	&((~inst_cellmath__47_0_in4))
	&((~inst_cellmath__47_0_in3));
endmodule

module cynw_cm_float_mul_ieee_inst_cellmath__53_U_bdw2923367579_bdw (
	inst_cellmath__53_U_out0,
	inst_cellmath__53_U_in0,
	inst_cellmath__53_U_in1,
	inst_cellmath__53_U_in2,
	inst_cellmath__53_U_in3,
	inst_cellmath__53_U_in4,
	inst_cellmath__53_U_in5
	); /* architecture "behavioural" */ 
output [22:22] inst_cellmath__53_U_out0;
input  inst_cellmath__53_U_in0,
	inst_cellmath__53_U_in1;
input [22:22] inst_cellmath__53_U_in2;
input  inst_cellmath__53_U_in3,
	inst_cellmath__53_U_in4;
input [46:46] inst_cellmath__53_U_in5;
wire [2:0] inst_cellmath__49_1_1;

assign inst_cellmath__49_1_1 = {inst_cellmath__53_U_in0,inst_cellmath__53_U_in3,inst_cellmath__53_U_in4};

reg [0:0] inst_cellmath__53_U_out0_tmp_0;
assign inst_cellmath__53_U_out0 = inst_cellmath__53_U_out0_tmp_0;
always @ (inst_cellmath__49_1_1 or inst_cellmath__53_U_in5 or inst_cellmath__53_U_in2 or inst_cellmath__53_U_in1) begin
	casez (inst_cellmath__49_1_1)
		3'B00? : inst_cellmath__53_U_out0_tmp_0 = inst_cellmath__53_U_in5 ;
		3'B01? : inst_cellmath__53_U_out0_tmp_0 = inst_cellmath__53_U_in2 ;
		3'B1?0 : inst_cellmath__53_U_out0_tmp_0 = inst_cellmath__53_U_in1 ;
		default : inst_cellmath__53_U_out0_tmp_0 = 1'B1 ;
	endcase
end
endmodule

module cynw_cm_float_mul_ieee_inst_cellmath__53_M_bdw2923367579_bdw (
	inst_cellmath__53_M_out0,
	inst_cellmath__53_M_in0,
	inst_cellmath__53_M_in1,
	inst_cellmath__53_M_in2,
	inst_cellmath__53_M_in3,
	inst_cellmath__53_M_in4,
	inst_cellmath__53_M_in5,
	inst_cellmath__53_M_in6,
	inst_cellmath__53_M_in7,
	inst_cellmath__53_M_in8,
	inst_cellmath__53_M_in9
	); /* architecture "behavioural" */ 
output [21:0] inst_cellmath__53_M_out0;
input  inst_cellmath__53_M_in0,
	inst_cellmath__53_M_in1;
input [21:0] inst_cellmath__53_M_in2;
input  inst_cellmath__53_M_in3,
	inst_cellmath__53_M_in4;
input [45:24] inst_cellmath__53_M_in5;
input  inst_cellmath__53_M_in6,
	inst_cellmath__53_M_in7;
input [21:0] inst_cellmath__53_M_in8,
	inst_cellmath__53_M_in9;
wire [4:0] inst_cellmath__49_1_0;

assign inst_cellmath__49_1_0 = {inst_cellmath__53_M_in0,inst_cellmath__53_M_in3,inst_cellmath__53_M_in4,inst_cellmath__53_M_in7,inst_cellmath__53_M_in6};

reg [21:0] inst_cellmath__53_M_out0_tmp_0;
assign inst_cellmath__53_M_out0 = inst_cellmath__53_M_out0_tmp_0;
always @ (inst_cellmath__49_1_0 or inst_cellmath__53_M_in5 or inst_cellmath__53_M_in2 or inst_cellmath__53_M_in1 or inst_cellmath__53_M_in8 or inst_cellmath__53_M_in9) begin
	casez (inst_cellmath__49_1_0)
		5'B00??? : inst_cellmath__53_M_out0_tmp_0 = inst_cellmath__53_M_in5 ;
		5'B01??? : inst_cellmath__53_M_out0_tmp_0 = inst_cellmath__53_M_in2 ;
		5'B1?0?? : inst_cellmath__53_M_out0_tmp_0 = {{21{inst_cellmath__53_M_in1}}, inst_cellmath__53_M_in1} ;
		5'B1?101 : inst_cellmath__53_M_out0_tmp_0 = inst_cellmath__53_M_in8 ;
		5'B1?11? : inst_cellmath__53_M_out0_tmp_0 = inst_cellmath__53_M_in9 ;
		default : inst_cellmath__53_M_out0_tmp_0 = {22{1'b0}} ;
	endcase
end
endmodule

/* CADENCE  v7nzTwvfog== : u9/ySgnWtBlWxVPRXgAZ4Og= ** DO NOT EDIT THIS LINE **/